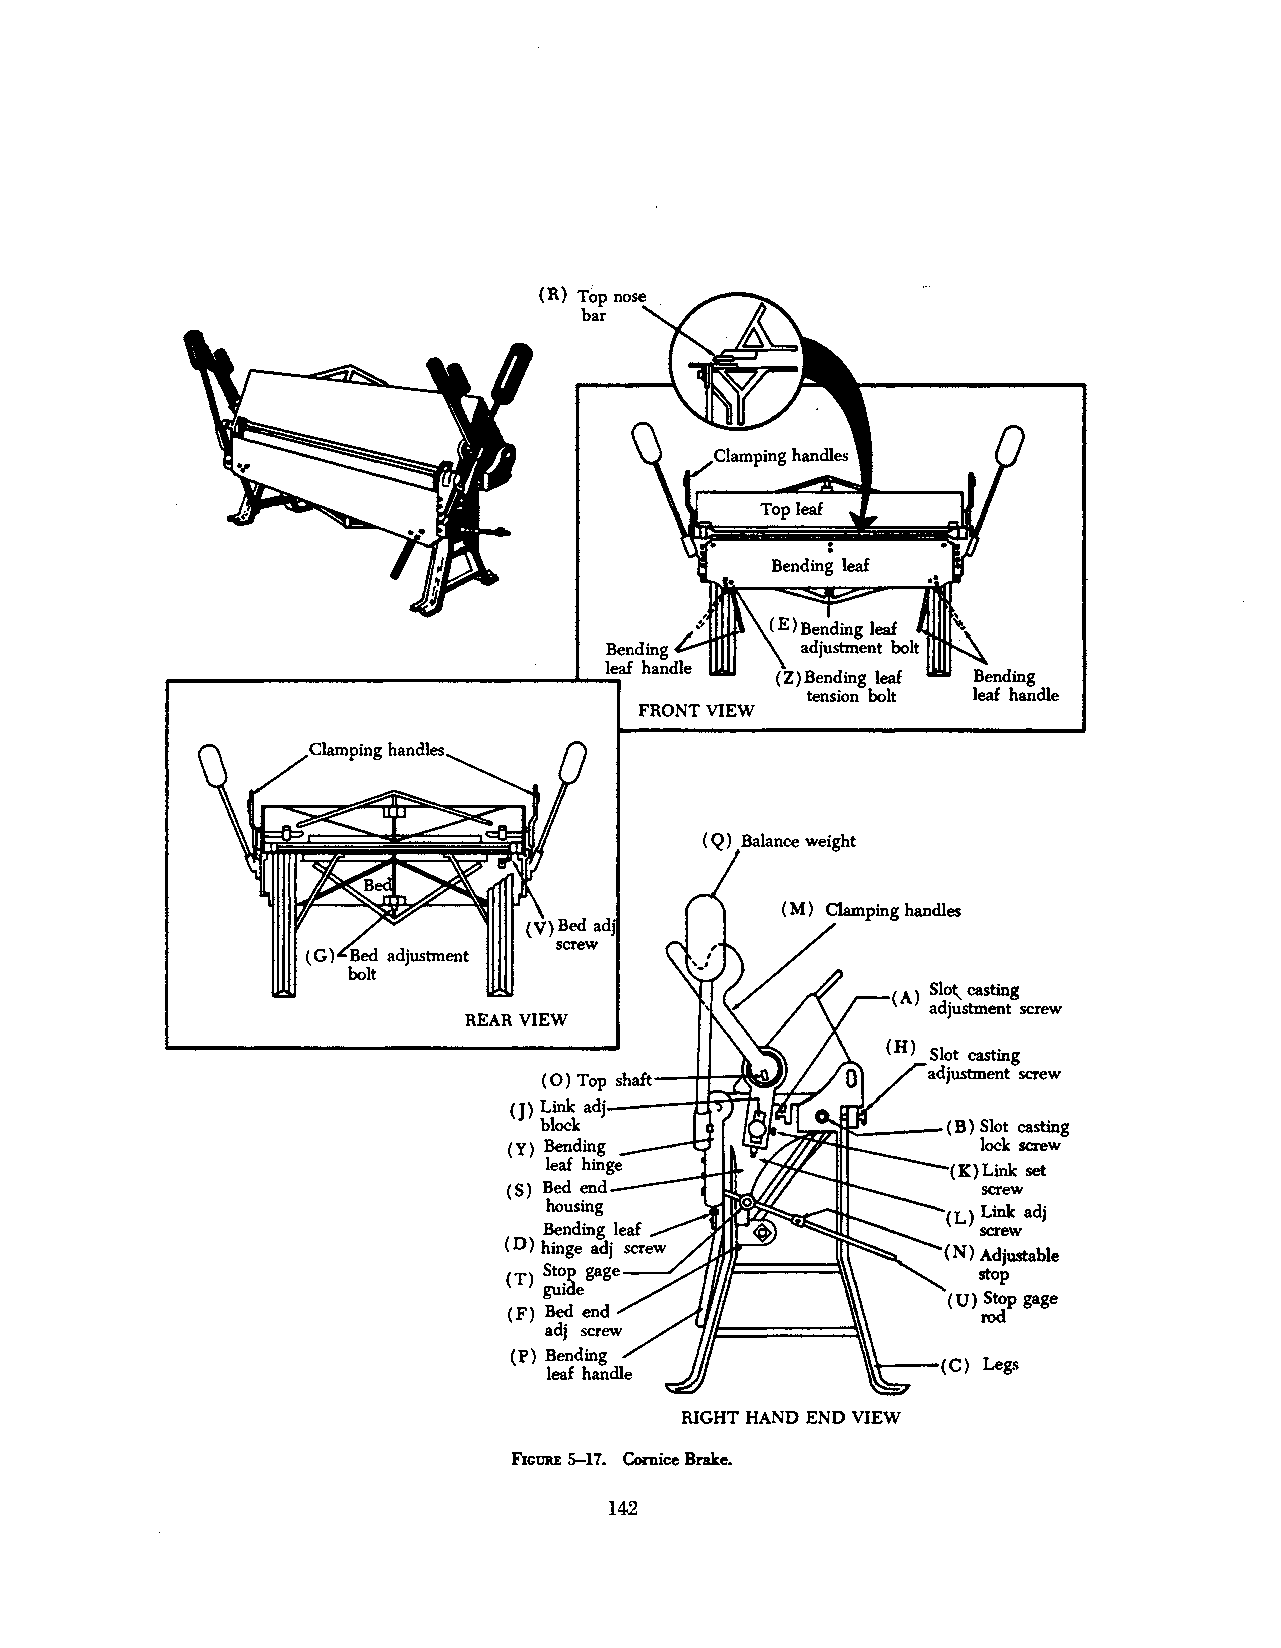
(R) Top nose
 bar
 Bending leaf
 tension bolt
 FRONT VIEW
 (A) Sl~ casting
 adjustment screw
 REAR VIEW
 (0) Top shaft
 Lblocinkkadj---++~!;J/I .::..!::::...,~---
 (J)              •
 '"            (B) Slot casting
 ( y) Bending                   lock screw
 leaf hinge                 (K)Link set
 ( S) Bed end                   screw
 housing                    (L) Link adj
 Bending leaf                 screw
 (D) hinge adj screw           (N) Adjustable
 ( T) St~p gage                 stop
 gu1de                      ( u) Stop gage
 (F) Bed end                    rod
 adj screw
 (P) Bending
 leaf handle
 RIGHT HAND END VIEW
 FIGURE s;.-11. Cornice Brake.
 142